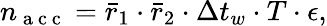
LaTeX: n_{\mathrm{~a~c~c~}}=\bar{r}_{1}\cdot\bar{r}_{2}\cdot\Delta t_{w}\cdot T\cdot\epsilon,